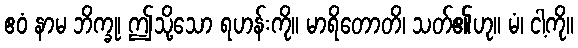
ဧဝံ နာမ ဘိက္ခု၊ ဤသို့သော ရဟန်းကို။ မာရိတောတိ၊ သတ်၏ဟု။ မံ၊ ငါ့ကို။